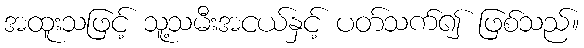
အထူးသဖြင့် သူ့သမီးအငယ်နှင့် ပတ်သက်၍ ဖြစ်သည်။